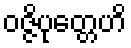
ဝဇ္ဇိပုတ္တေဟိ